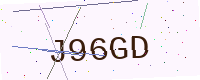
Text: J96GD